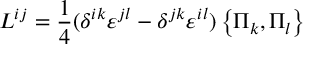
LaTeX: L ^ { i j } = { \frac { 1 } { 4 } } ( \delta ^ { i k } { \varepsilon } ^ { j l } - \delta ^ { j k } { \varepsilon } ^ { i l } ) \left\{ \Pi _ { k } , \Pi _ { l } \right\}